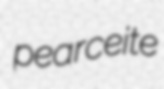
pearceite